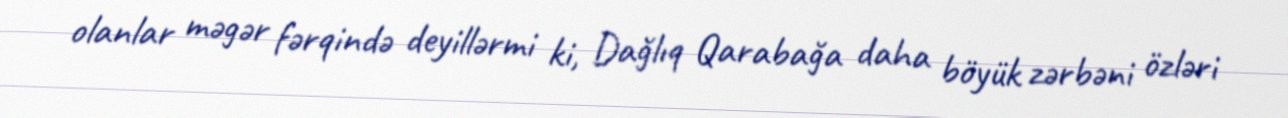
olanlar məgər fərqində deyillərmi ki, Dağlıq Qarabağa daha böyük zərbəni özləri